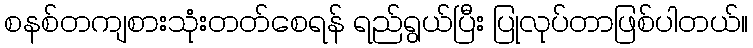
စနစ်တကျစားသုံးတတ်စေရန် ရည်ရွယ်ပြီး ပြုလုပ်တာဖြစ်ပါတယ်။